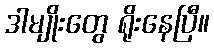
ဒါမျိုးတွေ ရိုးနေပြီ။